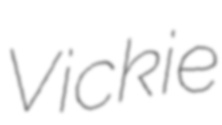
Vickie